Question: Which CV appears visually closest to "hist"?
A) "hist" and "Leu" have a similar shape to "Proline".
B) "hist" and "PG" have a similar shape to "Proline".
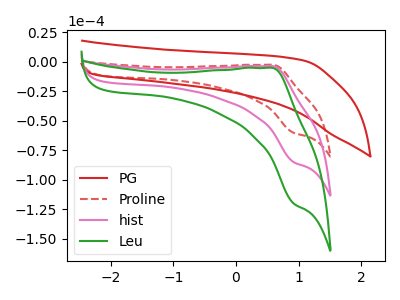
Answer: <think>The red curve "PG" has no peaks. The red dashed curve "Proline" has an anodic peak at (0.60V, -2.60uA) and a cathodic peak at (0.95V, -60.30uA). The pink curve "hist" has an anodic peak at (0.60V, -3.65uA) and a cathodic peak at (0.95V, -85.10uA). The green curve "Leu" has an anodic peak at (0.60V, -7.30uA) and a cathodic peak at (0.95V, -170.20uA).
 "PG" and "Proline" have a different number of peaks. "PG" and "hist" have a different number of peaks. "PG" and "Leu" have a different number of peaks. All the peaks in "Proline" have a peak in "hist" at the same potential. All the peaks in "Proline" have a peak in "Leu" at the same potential. All the peaks in "hist" have a peak in "Leu" at the same potential.</think>
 <answer>A) "hist" and "Leu" have a similar shape to "Proline".</answer>
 <eval>A</eval>